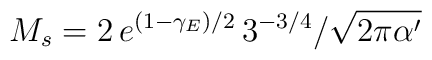
M_{s}= {2\,e^{(1-\gamma _{E})/2}\,3^{-3/4}} / {\sqrt{2\pi \alpha ^{\prime }}}